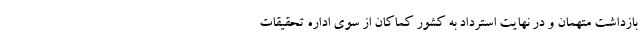
بازداشت متهمان و در نهایت استرداد به کشور کماکان از سوی اداره تحقیقات